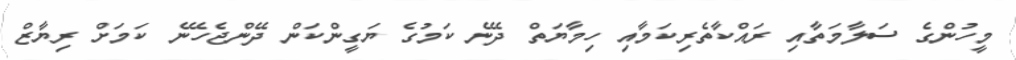
މީހުންގެ ސަލާމަތާއި ރައްކާތެރިކަމާއި ހިމާޔަތް ދޭނެ ކަމުގެ ޔަގީންކަން ދޭންޖެހޭނެ ކަމަށް ރިޔާޒް